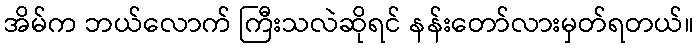
အိမ်က ဘယ်လောက် ကြီးသလဲဆိုရင် နန်းတော်လားမှတ်ရတယ်။